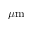
\mu \mathrm { m }